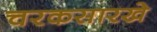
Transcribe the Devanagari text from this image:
चरकसारखे